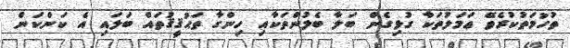
ތުހުމަތުކުރެވޭ ޢަމަލުތަކާ ގުޅިގެން ބަލާ ބެލުންތަކާއި ހިންގާ ތަޙުޤީޤުތައް ބަލައި އެ ކަންކަން